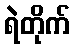
ရဲတိုက်